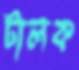
টালক